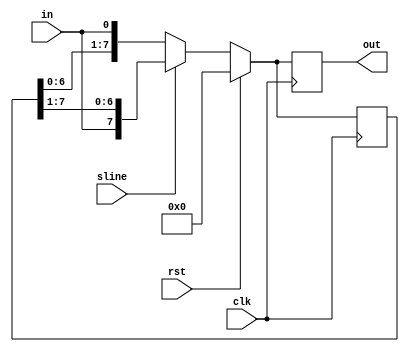
module shiftregister_SIPO #(parameter width=8)(clk,rst,sline,in,out);
input clk,rst,sline,in;
output reg [width-1:0]out;    //parallel out output.
reg [width-1:0]k;    //Register
initial k='b0;     //Initially register contents are set to 0.
always @(posedge clk)
begin
	if(rst==1'b1)
	begin
		k<='b0;
		out<='b0;
	end
	else if(sline==1'b0)    //sline==0 indicates left shift.
	begin
		out<={k[width-2:0],in};
		k<={k[width-2:0],in};
	end
	else if(sline==1'b1)    //sline==1 indicates right shift.
	begin
		out<={in,k[width-1:1]};
		k<={in,k[width-1:1]};
	end
end
endmodule